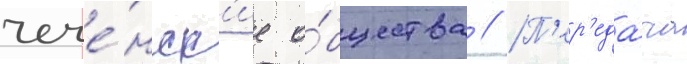
чече́нск'ие о́бщества // П'ер'еда́ча